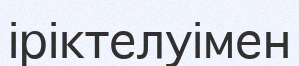
іріктелуімен